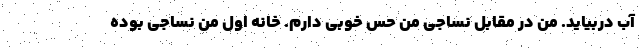
آب دربیاید. من در مقابل نساجی من حس خوبی دارم. خانه اول من نساجی بوده